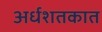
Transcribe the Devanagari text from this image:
अर्धशतकात